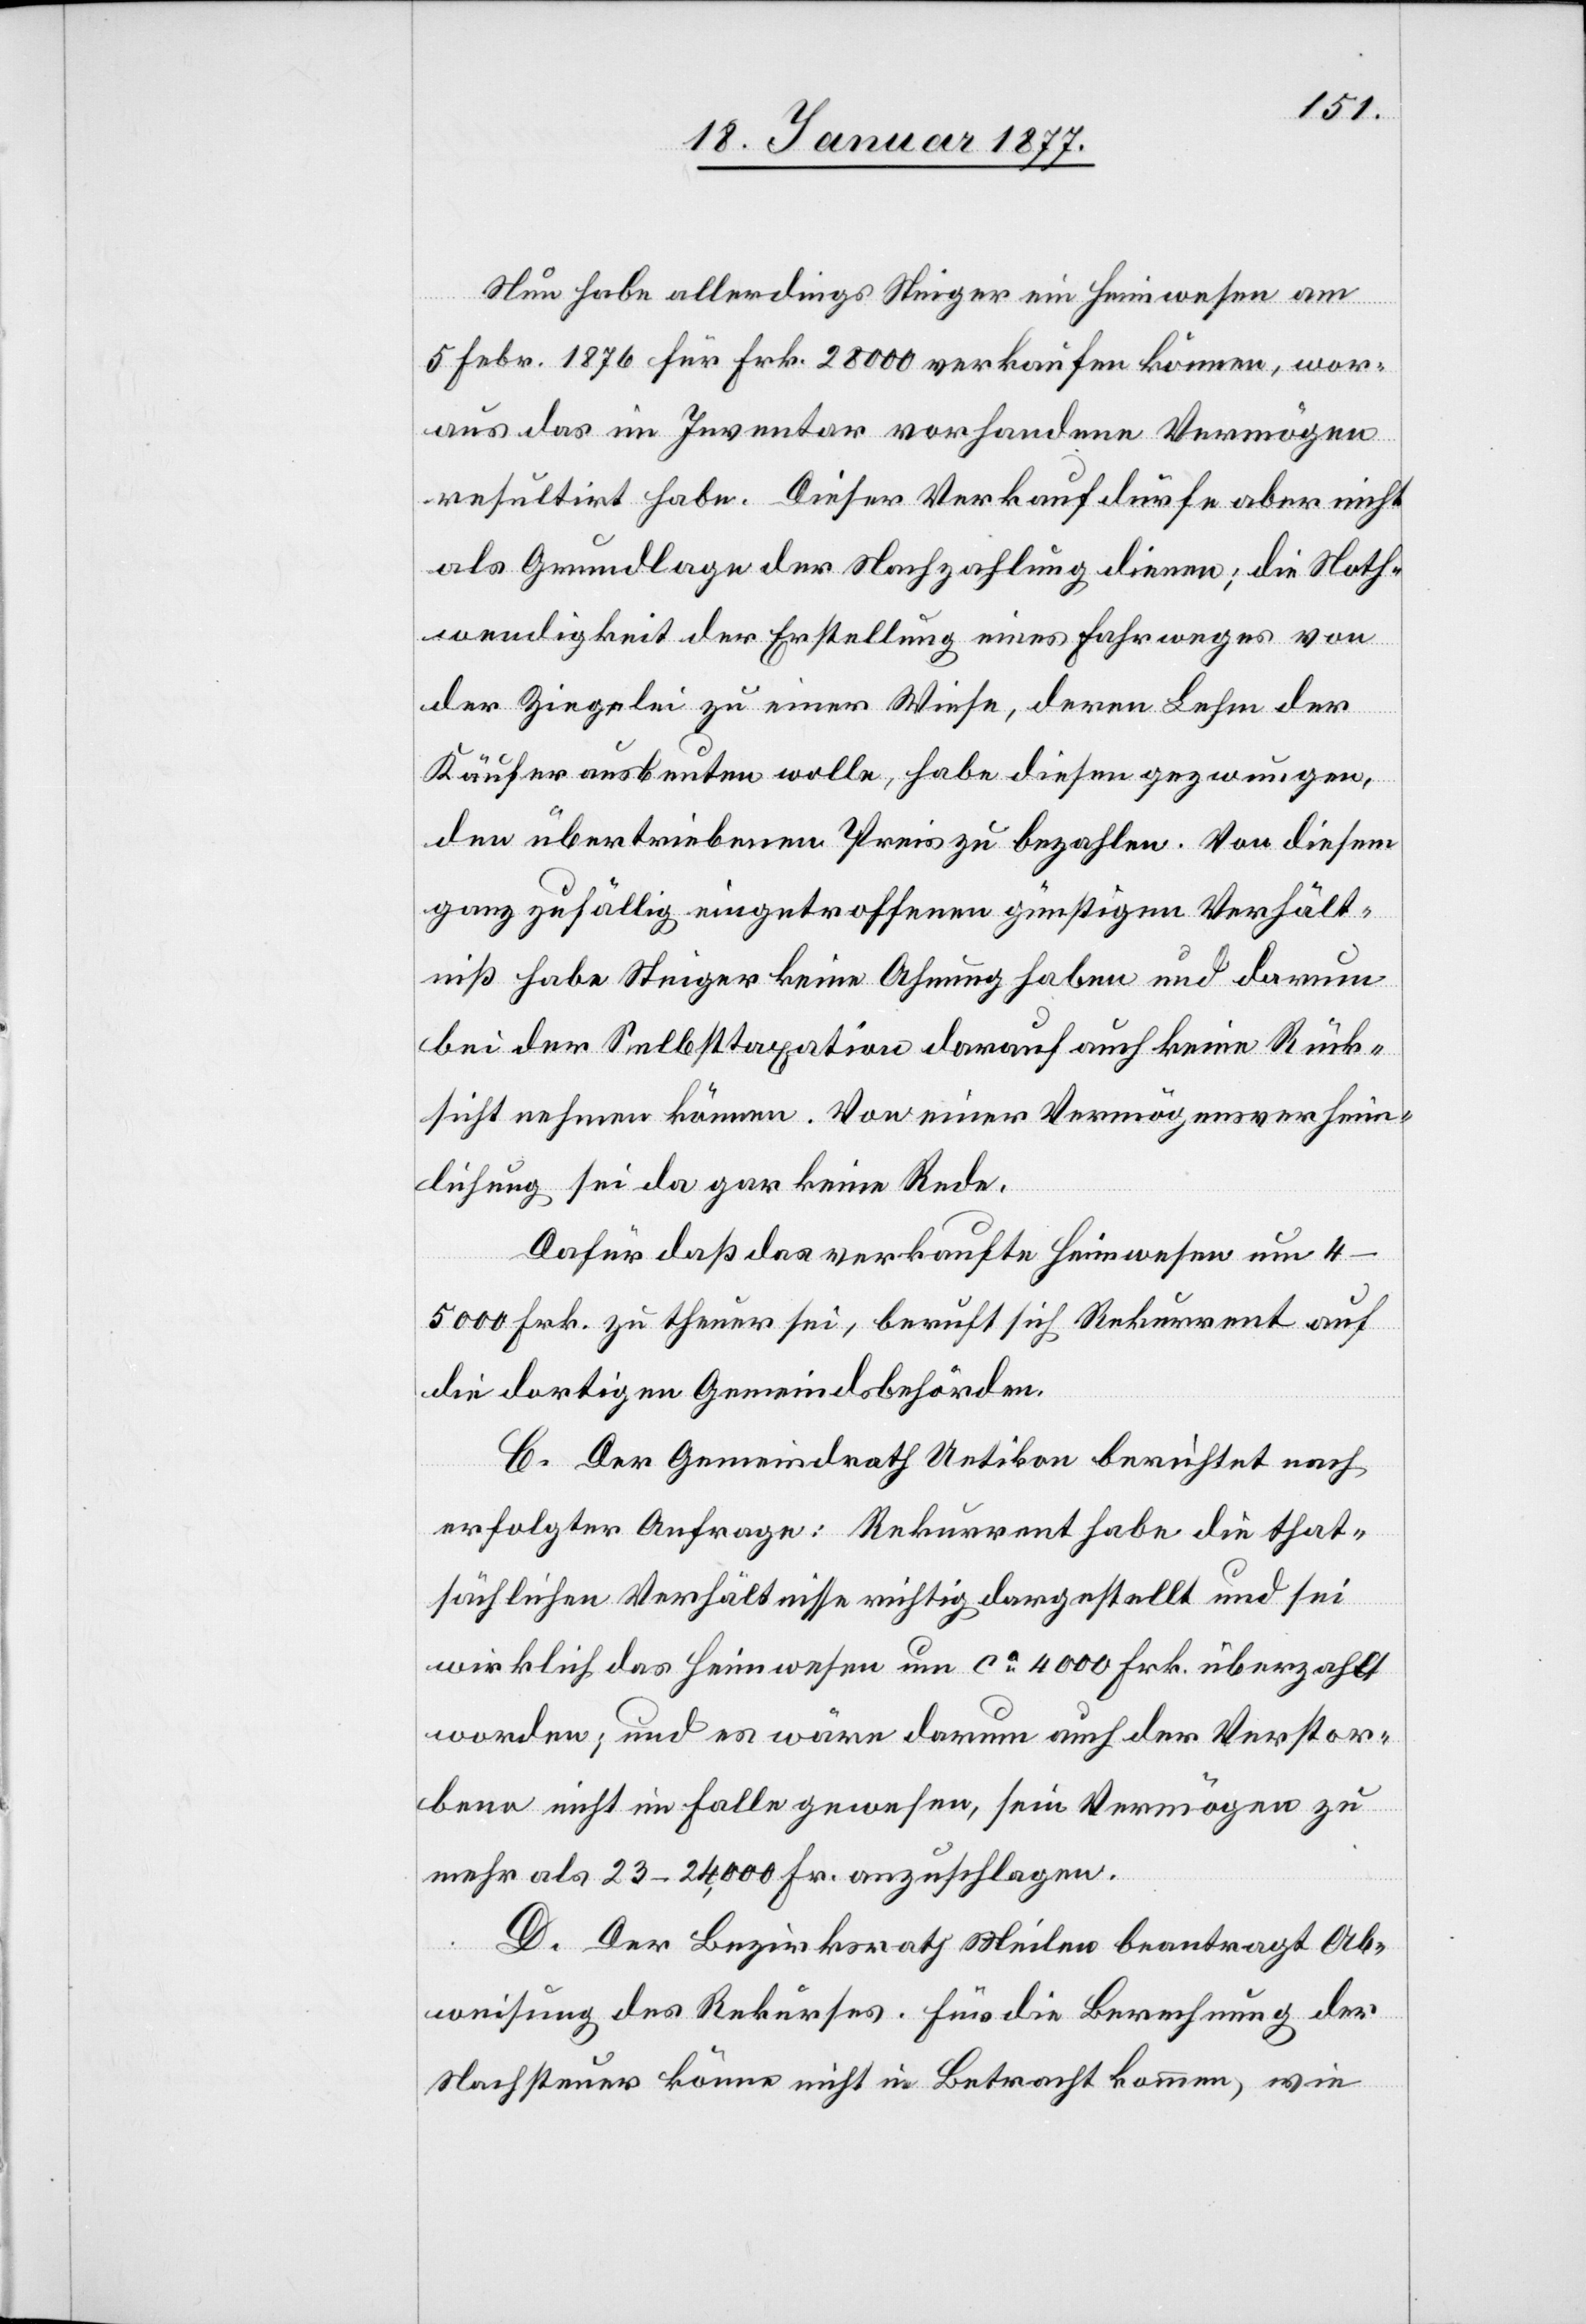
Nun habe allerdings Steiger ein Heimwesen am
5. Febr. 1876 für Frk. 28,000 verkaufen können, wor¬
aus das im Inventar vorhandene Vermögen
resultirt habe. Dieser Verkauf dürfe aber nicht
als Grundlage der Nachzahlung dienen; die Noth¬
wendigkeit der Erstellung eines Fahrweges von
der Ziegelei zu einer Wiese, deren Lehm der
Käufer ausbeuten wolle, habe diesen gezwungen,
den übertriebenen Preis zu bezahlen. Von diesem
ganz zufällig eingetroffenen günstigen Verhält¬
niß habe Steiger keine Ahnung haben und darum
bei der Selbsttaxation darauf auch keine Rück¬
sicht nehmen können. Von einer Vermögensverheim¬
lichung sei da gar keine Rede.
Dafür daß das verkaufte Heimwesen um
4–5000 Frk. zu theuer sei, beruft sich Rekurrent auf
die dortigen Gemeindsbehörden.
C. Der Gemeindrath Uetikon berichtet nach
erfolgter Anfrage; Rekurrent habe die that¬
sächlichen Verhältnisse richtig dargestellt und sei
wirklich das Heimwesen um ca 4000 Frk. überzahlt
worden; und es wäre darum auch der Verstor¬
bene nicht im Falle gewesen, sein Vermögen zu
mehr als 23–24,000 Frk. anzuschlagen.
D. Der Bezirksrath Meilen beantragt Ab¬
weisung des Rekurses. Für die Berechnung der
Nachsteuer könne nicht in Betracht kommen, wie